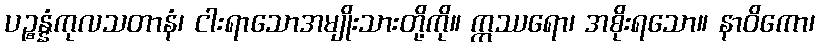
ပဉ္စန္နံကုလသတာနံ၊ ငါးရာသောအမျိုးသားတို့ကို။ ဣဿရော၊ အစိုးရသော။ နာဝိကော၊